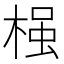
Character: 𱣷